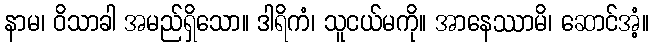
နာမ၊ ဝိသာခါ အမည်ရှိသော။ ဒါရိကံ၊ သူငယ်မကို။ အာနေဿာမိ၊ ဆောင်အံ့။